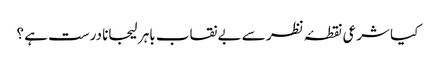
کیا شرعی نقطۂ نظر سے بے نقاب باہر لیجانا درست ہے ؟